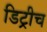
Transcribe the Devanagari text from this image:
डिट्रीच